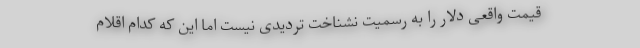
قیمت واقعی دلار را به رسمیت نشناخت تردیدی نیست اما این که کدام اقلام